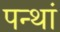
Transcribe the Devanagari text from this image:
पन्थां